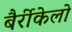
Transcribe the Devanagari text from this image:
बैर्रीकेलो